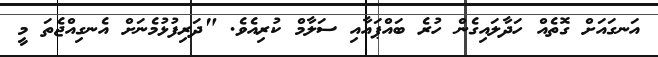
އަނގައަށް ގޮތެއް ހަދާލައިގެން ހުރެ ބައްޕައާއި ސަލާމް ކުރިއެވެ. "ދަރިފުޅުމެނަށް އެނގިއްޖެތަ މީ